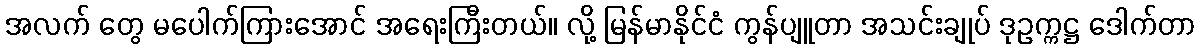
အလက် တွေ မပေါက်ကြားအောင် အရေးကြီးတယ်။ လို့ မြန်မာနိုင်ငံ ကွန်ပျူတာ အသင်းချုပ် ဒုဥက္ကဋ္ဌ ဒေါက်တာ